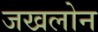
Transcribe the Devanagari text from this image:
जखलोन